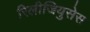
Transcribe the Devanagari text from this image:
रिलीजियुसेस